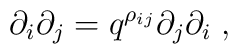
\partial_{i}\partial_{j} = q^{\rho_{ij}} \partial_{j}\partial_{i} \;,